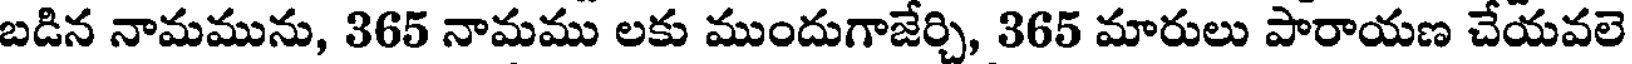
బడిన నామమును, 365 నామము లకు ముందుగాజేర్చి, 365 మారులు పారాయణ చేయవలె